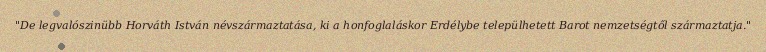
"De legvalószinübb Horváth István névszármaztatása, ki a honfoglaláskor Erdélybe települhetett Barot nemzetségtől származtatja."